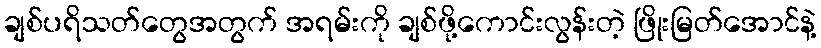
ချစ်ပရိသတ်တွေအတွက် အရမ်းကို ချစ်ဖို့ကောင်းလွန်းတဲ့ ဖြိုးမြတ်အောင်နဲ့